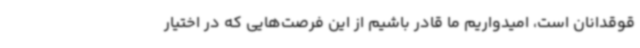
قوقدانان است، امیدواریم ما قادر باشیم از این فرصت‌هایی که در اختیار